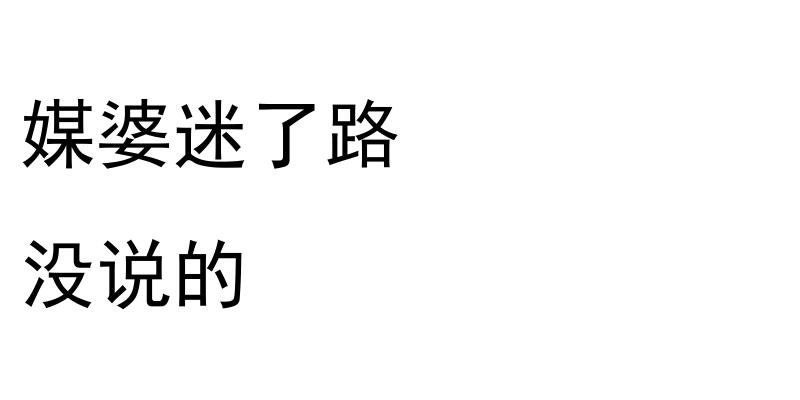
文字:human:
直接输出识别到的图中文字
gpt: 媒婆迷了路 没说的